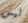
ليس